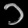
Digit: ၁